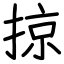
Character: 掠